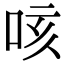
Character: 咳